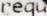
REQU